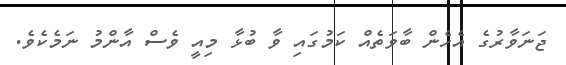
ޖަނަވާރުގެ އެހެން ބާވަތެއް ކަމުގައި ވާ ބުޅާ މިއީ ވެސް އާންމު ނަމެކެވެ.